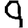
Digit: 9